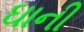
ઘાની